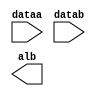
module ALU_COMPARE_UNSIGNED (
	dataa,
	datab,
	alb);

	input	[31:0]  dataa;
	input	[31:0]  datab;
	output	  alb;

endmodule